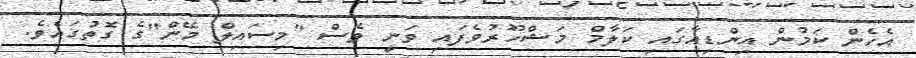
އެހެން ކަމުން އިންޑިއާގައި ކަލާމް މަޝްހޫރުވެފައި ވަނީ ވެސް "މިސައިލް މޭން"ގެ ގޮތުގައެވެ.